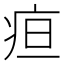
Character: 疸